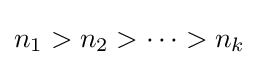
n_{1}>n_{2}>\cdots >n_{k}